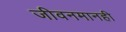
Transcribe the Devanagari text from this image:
जीवनमानही